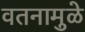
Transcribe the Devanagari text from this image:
वतनामुळे